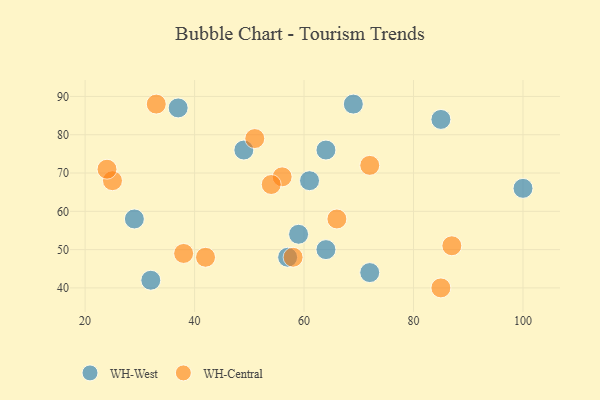
{"axis": {"x": "GDP", "y": "Life Expectancy"}, "legend": ["WH-Central", "WH-West"], "data": [{"x": "61", "y": 68, "type": "WH-West"}, {"x": "64", "y": 76, "type": "WH-West"}, {"x": "37", "y": 87, "type": "WH-West"}, {"x": "72", "y": 44, "type": "WH-West"}, {"x": "29", "y": 58, "type": "WH-West"}, {"x": "64", "y": 50, "type": "WH-West"}, {"x": "69", "y": 88, "type": "WH-West"}, {"x": "32", "y": 42, "type": "WH-West"}, {"x": "100", "y": 66, "type": "WH-West"}, {"x": "59", "y": 54, "type": "WH-West"}, {"x": "57", "y": 48, "type": "WH-West"}, {"x": "49", "y": 76, "type": "WH-West"}, {"x": "85", "y": 84, "type": "WH-West"}, {"x": "33", "y": 88, "type": "WH-Central"}, {"x": "66", "y": 58, "type": "WH-Central"}, {"x": "85", "y": 40, "type": "WH-Central"}, {"x": "51", "y": 79, "type": "WH-Central"}, {"x": "58", "y": 48, "type": "WH-Central"}, {"x": "42", "y": 48, "type": "WH-Central"}, {"x": "25", "y": 68, "type": "WH-Central"}, {"x": "38", "y": 49, "type": "WH-Central"}, {"x": "24", "y": 71, "type": "WH-Central"}, {"x": "56", "y": 69, "type": "WH-Central"}, {"x": "72", "y": 72, "type": "WH-Central"}, {"x": "87", "y": 51, "type": "WH-Central"}, {"x": "54", "y": 67, "type": "WH-Central"}]}